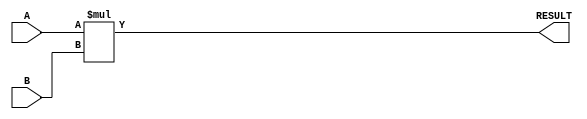
module parameterized_multiplier #(
    parameter WIDTH_A = 8,   // Bit-width of first operand (A)
    parameter WIDTH_B = 8,   // Bit-width of second operand (B)
    parameter WIDTH_OUT = WIDTH_A + WIDTH_B  // Bit-width of output result
) (
    input  wire [WIDTH_A-1:0] A,  // First operand
    input  wire [WIDTH_B-1:0] B,  // Second operand
    output wire [WIDTH_OUT-1:0] RESULT  // Result of multiplication
);

    // Behavioral multiplication
    assign RESULT = A * B;

endmodule